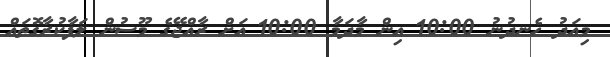
މިއަދު ހެނދުނު 10:00 އިން މާދަމާ 10:00 އަށް ރާއްޖޭގެ މޫސުން ލަފާކުރާގޮތައް